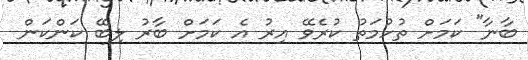
ބާނާ" ކަމަށް ތުހުމަތު ކުރެވޭ އިރު އެ ކަމަށް ބާރު ލިބޭ ކަންކަން